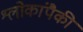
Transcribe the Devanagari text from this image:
श्लोकांपैकी